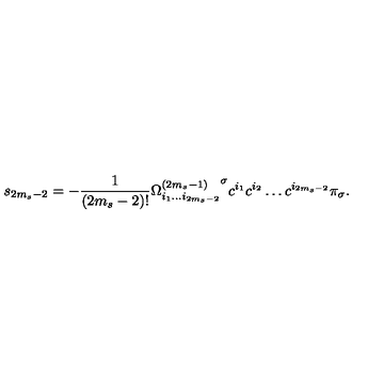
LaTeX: s _ { 2 m _ { s } - 2 } = - \frac { 1 } { ( 2 m _ { s } - 2 ) ! } { \Omega _ { i _ { 1 } \ldots i _ { 2 m _ { s } - 2 } } ^ { ( 2 m _ { s } - 1 ) } } ^ { \sigma } c ^ { i _ { 1 } } c ^ { i _ { 2 } } \ldots c ^ { i _ { 2 m _ { s } - 2 } } \pi _ { \sigma } .